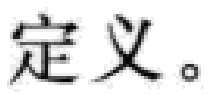
定义。